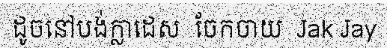
ដូចនៅបង់ក្លាដេស  ចែកចាយ  Jak Jay